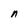
Character: n